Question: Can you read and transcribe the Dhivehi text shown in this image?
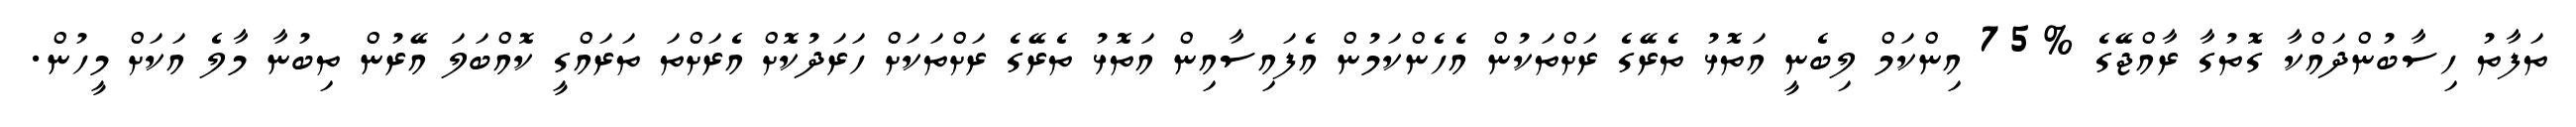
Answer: ތަފާތު ހިސާބުންދައްކާ ގޮތުގާ ރާއްޖޭގެ %75 އިންކަމް ލިބެނީ އަތޮޅު ތެރޭގެ ރަށްތަކުން އެހެންކަމުން އެފައިސާއިން އަތޮޅު ތެރޭގެ ރަށްތަކަށް ހަރަދުކޮށް އެރަށްތަ ތަރައްގީ ކޮއްބަލަ އޭރުން ތިބުނާ މާލެ އަކަށް މީހުން.